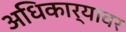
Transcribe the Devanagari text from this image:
अधिकार्‍यावर